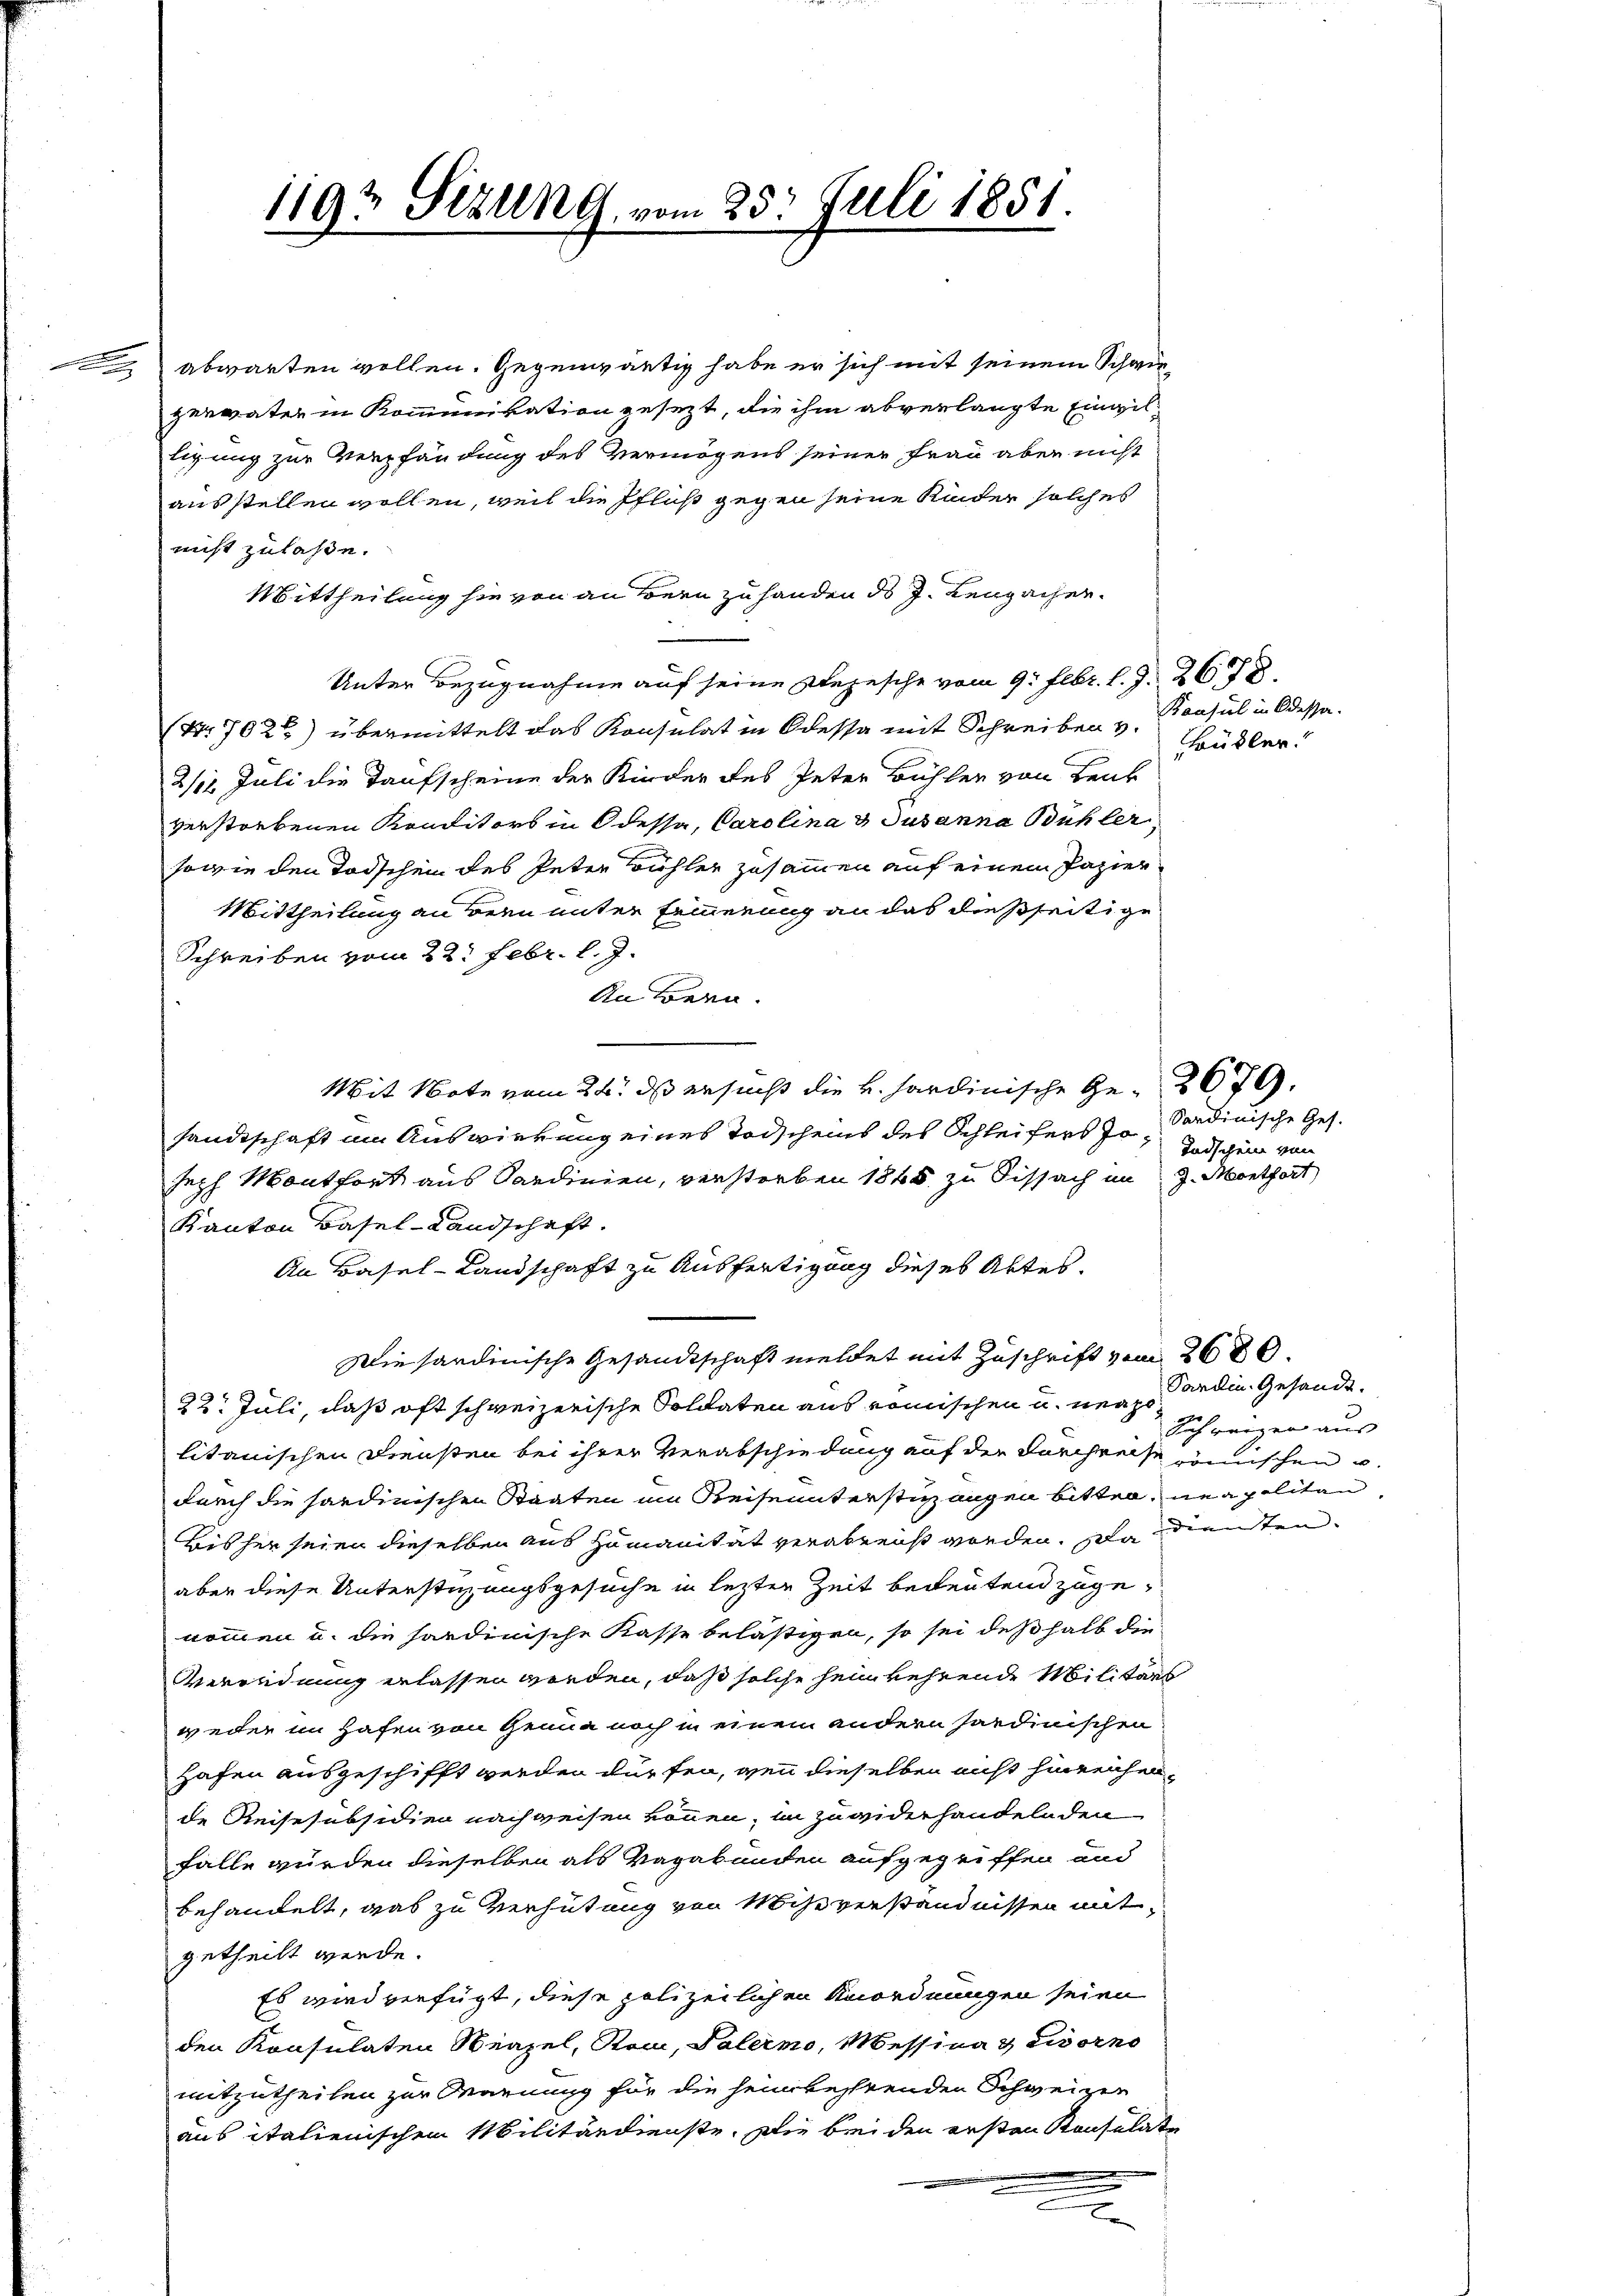
abwarten wollen. Gegenwärtig habe er sich mit seinem Schwegervater in Kommunikation gesezt, die ihm abverlangte Eingilligung zur Verpfändung des Vermögens seiner Frau aber nicht
ausstellen wollen, weil die Pfluß gegen seine Kinder solches
nicht zulaße.
Mittheilung sie von an Bern zu handen ds J. Leuzacher.
Unter Bezugnahme auf seine Depesche vom 9. Febr. l. J. 2678.
(Nr. 7022) übermittelt das Konsulat in Odessa mit Schreiben v.
2/12. Juli die Taufscheine der Kinder des Peter Bühler von Benk
verstorbenen Konditors in Odessa, Carolina u. Susanna Bühler
sowie den Todschen des Peter Bühler zusammen auf einem Papier
Mittheilung an Bern unter Erinnerung an das dießseitige
Schreiben vom 22. Febr. l. J.
Autoren.
Mit Note vom 24. ds ersucht die v. Hardinische Ge- 2679.
sandtschaft im Auswierung eines Todschens des Schleifers Jo¬ Endschen von
seph Montfort aus Sardinien, verstorben 1865 zu Sissach im J. Monthort
Kanton Basel-Landschaft.
An Basel-Landschaft zu Ausfertigung dieses Aktes.
Die sardinische Gesandtschaft meldet mit Zuschrift vom 2680.
22. Juli, daß oft schweizerische Soldaten aus römischen u. neas Bedin Gesandtlitanischen Diensten bei ihrer Verabschiedung auf der Forchreise römischen u.
durch die sardinischen Staaten im Reiseunterstüzungen bitten, neapolitan
Bisher seien dieselben aus Humanität verabreist worden. Da dientenaber diese Unterstüzungsgesuche in lezten Zeit bedeutend zugenommen u. die hardinische Kasse belästigen, so sei deßhalb die
Verordnung erlassen werden, daß solche heimkehrende Militärs
weder im Hafen von Genua noch in einem andern sardinischen
Hafen ausgeschifft werden dürfen, wenn dieselben nicht hinreichen,
de Reisesubsidien nachweisen können, in zuwiderhandelnden
falle wurden dieselben als Vagabunden aufgegriffen und
behandelt, was zu verhütung von Mihe verständnissen mit
getheilt werde.
Es wird verfügt, diese polizeilichen Anordnungen seien
den Konsulaten Neapel, Rom, Palermo, Messina & Livorno
mitzutheilen zur Warnung für die heimkehrenden Schweizer
aus italienischen Militärdienste. Die bei den ersten Konsulate
c

1192 Sizung vom 28. Juli 1851.

Konsul in Odessa.
übler.

Sardinische Ges.

Schweizen aus